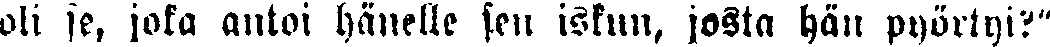
oli se, jota antoi hänelle sen iskun, josta hän pyörtyi?"